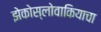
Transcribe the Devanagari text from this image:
झेकोस्लोवाकियाचा